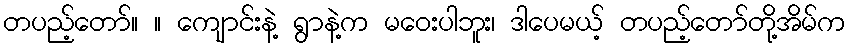
တပည့်တော်။ ။ ကျောင်းနဲ့ ရွာနဲ့က မဝေးပါဘူး၊ ဒါပေမယ့် တပည့်တော်တို့အိမ်က